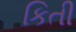
કિતી